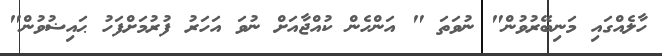
ހާލެއްގައި މަނިބޭރުވުން" ނުވަތަ " އަންހެން ކުއްޖާއަށް ނުވަ އަހަރު ފުރުމަށްފަހު ޙައިޟުވުން"